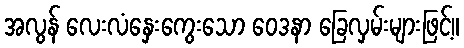
အလွန် လေးလံနှေးကွေးသော ဝေဒနာ ခြေလှမ်းများဖြင့်။